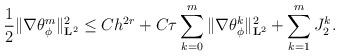
LaTeX: \begin{align*}\frac{1}{2}\Vert \nabla {\theta}_{\phi}^{m} \Vert_{\mathbf{L}^{2}}^{2} \leq Ch^{2r} + C\tau\sum_{k=0}^{m} \Vert \nabla {\theta}_{\phi}^{k} \Vert_{\mathbf{L}^{2}}^{2} + \sum_{k=1}^{m}J_2^{k}.\end{align*}